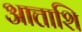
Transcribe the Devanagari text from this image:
आत्ताशि